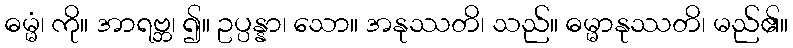
ဓမ္မံ၊ ကို။ အာရဗ္ဘ၊ ၍။ ဥပ္ပန္နာ၊ သော။ အနုဿတိ၊ သည်။ ဓမ္မာနုဿတိ၊ မည်၏။